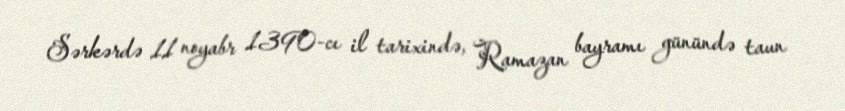
Sərkərdə 11 noyabr 1390-cı il tarixində, Ramazan bayramı günündə taun